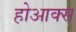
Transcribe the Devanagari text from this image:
होआक्स